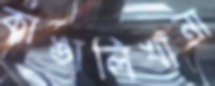
কাঙালিখানা